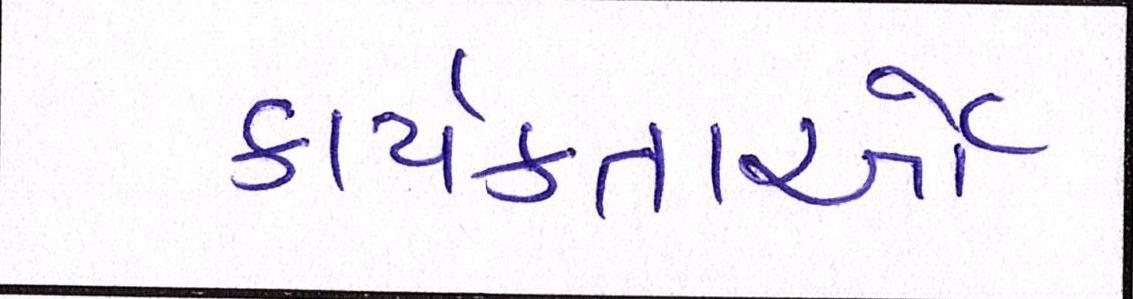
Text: કાર્યકતાર્આે